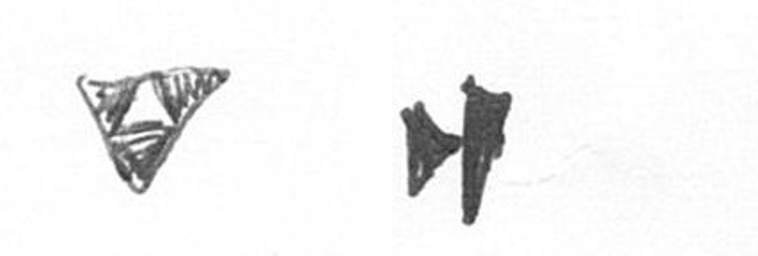
S M